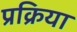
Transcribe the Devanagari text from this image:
प्रक्रिया